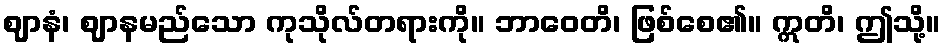
ဈာနံ၊ ဈာနမည်သော ကုသိုလ်တရားကို။ ဘာဝေတိ၊ ဖြစ်စေ၏။ ဣတိ၊ ဤသို့။